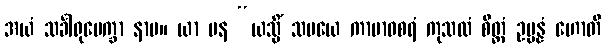
အယံ သင်္ခါရုပေက္ခာ နာမ။ ယာ ပန “ယသ္မိံ သမယေ ကာမာဝစရံ ကုသလံ စိတ္တံ ဥပ္ပန္နံ ဟောတိ